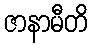
ဇာနာမီတိ